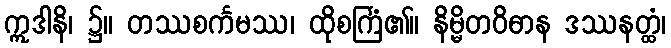
ဣဒါနိ၊ ၌။ တဿစင်္ကမဿ၊ ထိုစင်္ကြံ၏။ နိမ္မိတဝိဓာန ဒဿနတ္ထံ၊